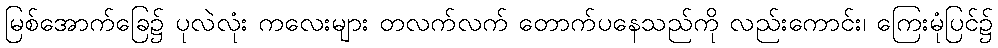
မြစ်အောက်ခြေ၌ ပုလဲလုံး ကလေးများ တလက်လက် တောက်ပနေသည်ကို လည်းကောင်း၊ ကြေးမုံပြင်၌